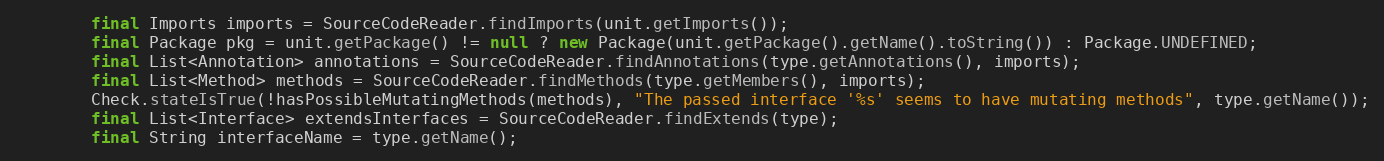
Language: Java
		final Imports imports = SourceCodeReader.findImports(unit.getImports());
		final Package pkg = unit.getPackage() != null ? new Package(unit.getPackage().getName().toString()) : Package.UNDEFINED;
		final List<Annotation> annotations = SourceCodeReader.findAnnotations(type.getAnnotations(), imports);
		final List<Method> methods = SourceCodeReader.findMethods(type.getMembers(), imports);
		Check.stateIsTrue(!hasPossibleMutatingMethods(methods), "The passed interface '%s' seems to have mutating methods", type.getName());
		final List<Interface> extendsInterfaces = SourceCodeReader.findExtends(type);
		final String interfaceName = type.getName();